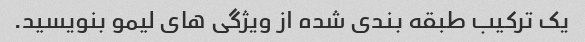
یک ترکیب طبقه بندی شده از ویژگی های لیمو بنویسید.